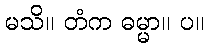
မသိ။ တံက ဓမ္မာ။ ပ။